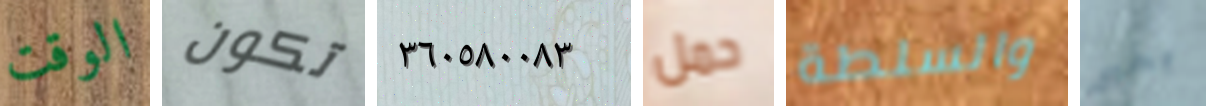
الوقت تكون ٣٦٠٥٨٠٠٨٣ حمل والسلطة بخير